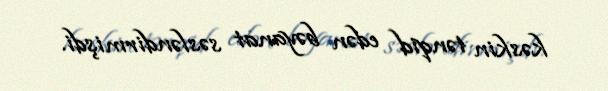
kəskin tənqid edən bəyanat səsləndirmişdi.